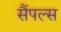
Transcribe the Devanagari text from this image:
सैंपल्स